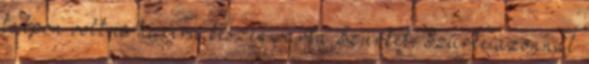
talpon volt és harcra készen várta Szürkét. Szürke azonnal